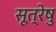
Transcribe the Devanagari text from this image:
सूत्रेषु